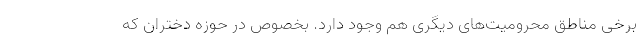
برخی مناطق محرومیت‌های دیگری هم وجود دارد. بخصوص در حوزه دختران که